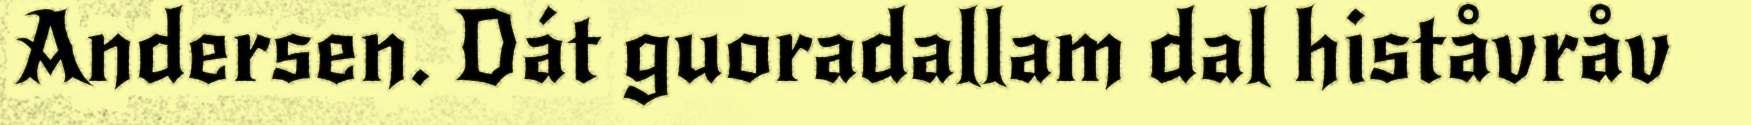
Andersen. Dát guoradallam dal histåvråv